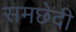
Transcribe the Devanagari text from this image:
समछेदी